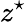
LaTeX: z^{\star}